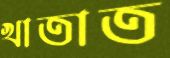
খাতাত